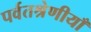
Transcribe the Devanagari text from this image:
पर्वतश्रेणीयाँ